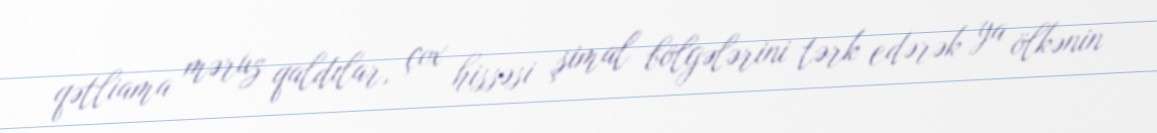
qətliama məruz qaldılar, çox hissəsi şimal bölgələrini tərk edərək ya ölkənin